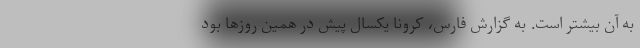
به آن بیشتر است. به گزارش فارس، کرونا یکسال پیش در همین روزها بود